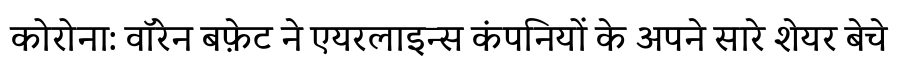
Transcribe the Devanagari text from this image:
कोरोना: वॉरेन बफ़ेट ने एयरलाइन्स कंपनियों के अपने सारे शेयर बेचे